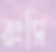
রংসি